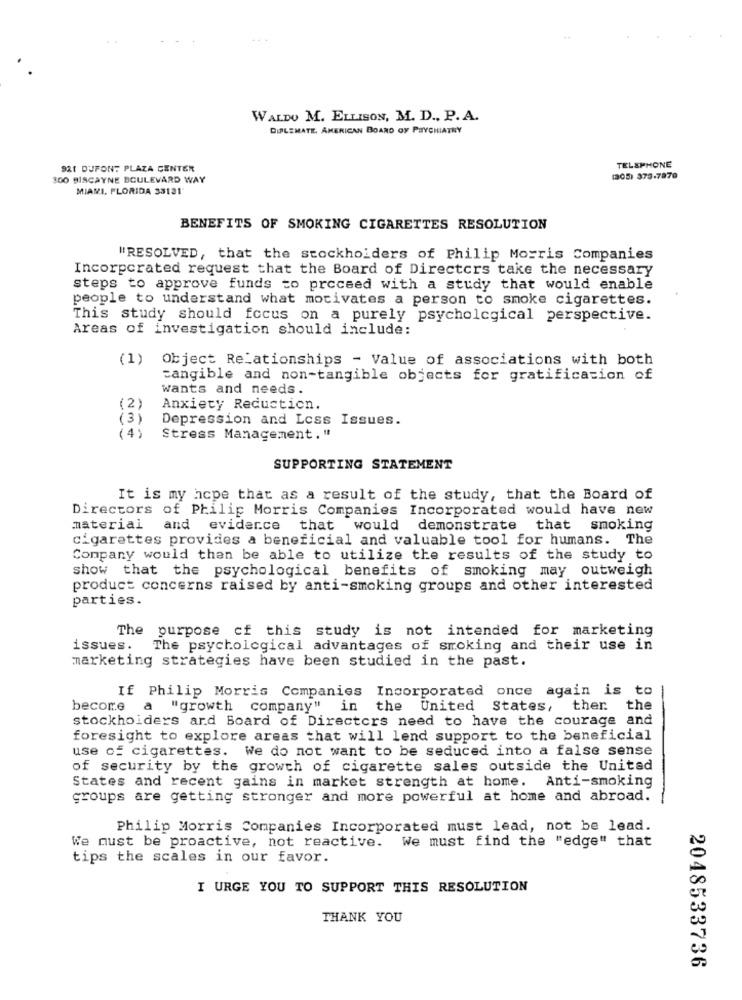
...
WALDO M. ELLISON, M. D ., P. A.
DIPLEMATE, AMERICAN BOARD OF PSYCHIATRY
921 DUPONT PLAZA CENTER
TELEPHONE
100 BISCAYNE BOULEVARD WAY
(305) 373-7970
MIAMI, FLORIDA 33131
BENEFITS OF SMOKING CIGARETTES RESOLUTION
"RESOLVED, that the stockholders of Philip Morris Companies
Incorporated request that the Board of Directors take the necessary
steps to approve funds to proceed with a study that would enable
people to understand what motivates a person to smoke cigarettes.
This study should focus on a purely psychological perspective.
Areas of investigation should include:
(1) Object Relationships - Value of associations with both
tangible and non-tangible objects for gratification of
wants and needs.
(2)
Anxiety Reduction.
(3)
Depression and Less Issues.
(4)
Stress Management."
SUPPORTING STATEMENT
It is my hcpe that as a result of the study, that the Board of
Directors of Philip Morris Companies Incorporated would have new
material and evidence that would demonstrate t
that smoking
cigarettes provides a beneficial and valuable tool for humans. The
Company would then be able to utilize the results of the study to
show that the psychological benefits of smoking may outweigh
product concerns raised by anti-smoking groups and other interested
parties.
The purpose of this study is not intended for marketing
issues.
The psychological advantages of smoking and their use in
marketing strategies have been studied in the past.
If Philip Morris Companies Incorporated once again is to
become a
"growth company" in the United States, then the
stockholders ard Board of Directors need to have the courage and
foresight to explore areas that will lend support to the beneficial
use of cigarettes. We do not want to be seduced into a false sense
of security by the growth of cigarette sales outside the Unitad
States and recent gains in market strength at home. Anti-smoking
groups are getting stronger and more powerful at home and abroad.
Philip Morris Companies Incorporated must lead, not be lead.
We must be proactive, not reactive.
We must find the "edge" that
tips the scales in our favor.
I URGE YOU TO SUPPORT THIS RESOLUTION
THANK YOU
2048533736